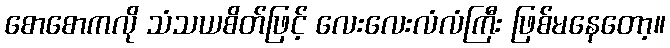
စောစောကလို သံသယစိတ်ဖြင့် လေးလေးလံလံကြီး ဖြစ်မနေတော့။